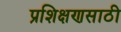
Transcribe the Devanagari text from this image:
प्रशिक्षणसाठी